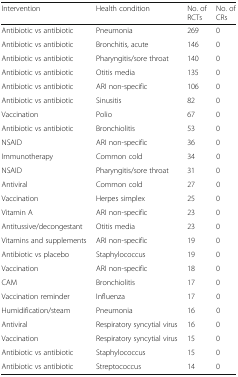
<table><thead><tr><td><b>Intervention</b></td><td><b>Health condition</b></td><td><b>No. of RCTs</b></td><td><b>No. of CRs</b></td></tr></thead><tbody><tr><td>Antibiotic vs antibiotic</td><td>Pneumonia</td><td>269</td><td>0</td></tr><tr><td>Antibiotic vs antibiotic</td><td>Bronchitis, acute</td><td>146</td><td>0</td></tr><tr><td>Antibiotic vs antibiotic</td><td>Pharyngitis/sore throat</td><td>140</td><td>0</td></tr><tr><td>Antibiotic vs antibiotic</td><td>Otitis media</td><td>135</td><td>0</td></tr><tr><td>Antibiotic vs antibiotic</td><td>ARI non-specific</td><td>106</td><td>0</td></tr><tr><td>Antibiotic vs antibiotic</td><td>Sinusitis</td><td>82</td><td>0</td></tr><tr><td>Vaccination</td><td>Polio</td><td>67</td><td>0</td></tr><tr><td>Antibiotic vs antibiotic</td><td>Bronchiolitis</td><td>53</td><td>0</td></tr><tr><td>NSAID</td><td>ARI non-specific</td><td>36</td><td>0</td></tr><tr><td>Immunotherapy</td><td>Common cold</td><td>34</td><td>0</td></tr><tr><td>NSAID</td><td>Pharyngitis/sore throat</td><td>31</td><td>0</td></tr><tr><td>Antiviral</td><td>Common cold</td><td>27</td><td>0</td></tr><tr><td>Vaccination</td><td>Herpes simplex</td><td>25</td><td>0</td></tr><tr><td>Vitamin A</td><td>ARI non-specific</td><td>23</td><td>0</td></tr><tr><td>Antitussive/decongestant</td><td>Otitis media</td><td>23</td><td>0</td></tr><tr><td>Vitamins and supplements</td><td>ARI non-specific</td><td>19</td><td>0</td></tr><tr><td>Antibiotic vs placebo</td><td>Staphylococcus</td><td>19</td><td>0</td></tr><tr><td>Vaccination</td><td>ARI non-specific</td><td>18</td><td>0</td></tr><tr><td>CAM</td><td>Bronchiolitis</td><td>17</td><td>0</td></tr><tr><td>Vaccination reminder</td><td>Influenza</td><td>17</td><td>0</td></tr><tr><td>Humidification/steam</td><td>Pneumonia</td><td>16</td><td>0</td></tr><tr><td>Antiviral</td><td>Respiratory syncytial virus</td><td>16</td><td>0</td></tr><tr><td>Vaccination</td><td>Respiratory syncytial virus</td><td>15</td><td>0</td></tr><tr><td>Antibiotic vs antibiotic</td><td>Staphylococcus</td><td>15</td><td>0</td></tr><tr><td>Antibiotic vs antibiotic</td><td>Streptococcus</td><td>14</td><td>0</td></tr></tbody></table>